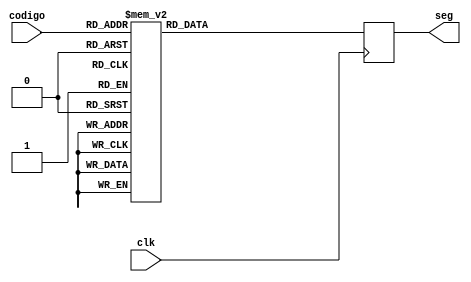
module decodificador(codigo, seg, clk);
	input [3:0] codigo;
  	input clk;
	output reg [7:0] seg;
	  
  initial seg = 8'b00000000;
  always @ (posedge clk) begin
    	case(codigo)          //abcdefg dp
    			4'b0000: seg = 8'b01111100; // 0 
				4'b0001: seg = 8'b00001100; // 1
				4'b0010: seg = 8'b10110110; // 2
				4'b0011: seg = 8'b10011110; // 3
				4'b0100: seg = 8'b01100110; // 4
				4'b0101: seg = 8'b11011010; // 5 ou s
				4'b0111: seg = 8'b00001110; // 7
				4'b1000: seg = 8'b11110010; // E
				4'b1001: seg = 8'b01100110; // r
				4'b1010: seg = 8'b11001110; // p
				4'b1111: seg = 8'b00000001; // dp
				default: seg = 8'b00000000;
    	endcase
	end
endmodule